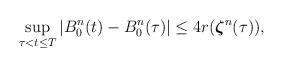
LaTeX: \begin{align*}\sup_{\tau < t \le T} |B^n_0(t) - B^n_0(\tau)| & \le 4 r(\boldsymbol{\zeta}^n(\tau)),\end{align*}